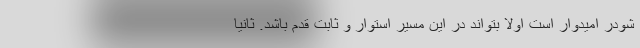
شودر امیدوار است اولا بتواند در این مسیر استوار و ثابت قدم باشد. ثانیا